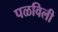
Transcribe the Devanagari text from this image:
पळविली